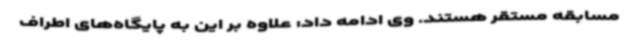
مسابقه مستقر هستند. وی ادامه داد: علاوه بر این به پایگاه‌های اطراف